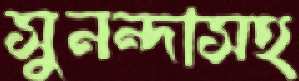
সুনন্দাসহ